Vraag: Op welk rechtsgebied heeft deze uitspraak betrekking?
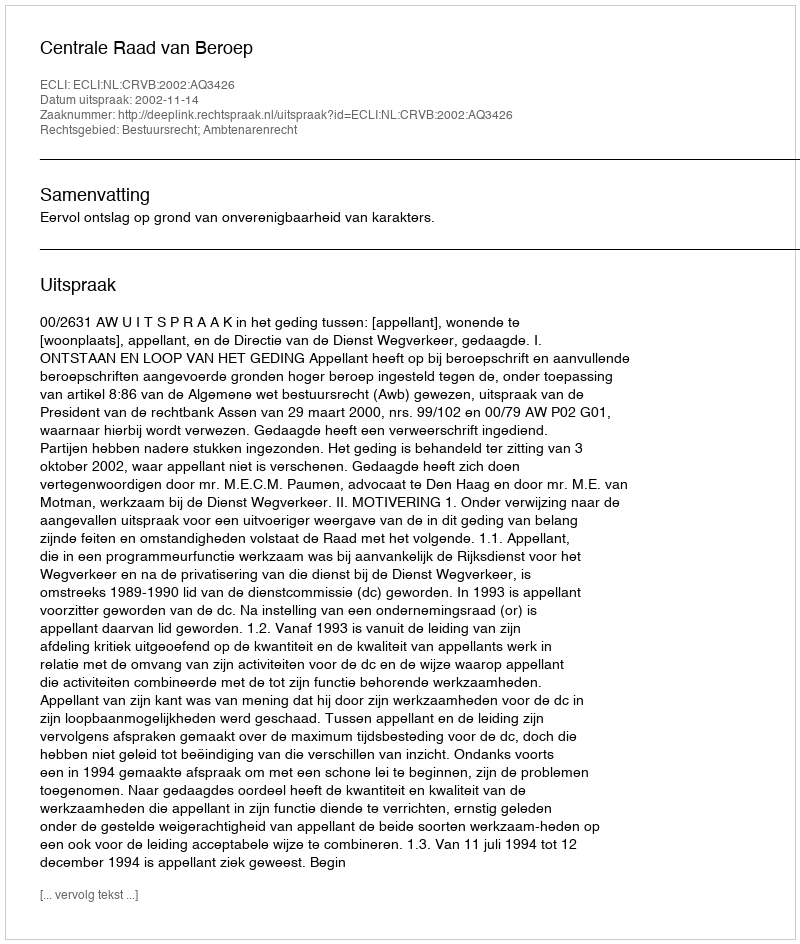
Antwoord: Bestuursrecht; Ambtenarenrecht